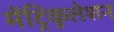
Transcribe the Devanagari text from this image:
मेंट्रिकुलेशन